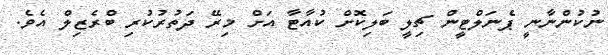
ނުކުންނާނީ ޕެނަލްޓީން ޗިލީ ބަލިކޮށް ކުއާޓާ އަށް މިރޭ ދަތުރުކުރި ބްރެޒިލް އެވެ.